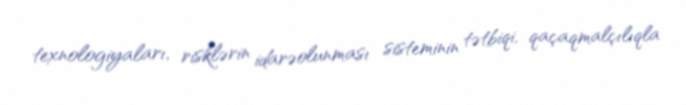
texnologiyaları, risklərin idarəolunması sisteminin tətbiqi, qaçaqmalçılıqla